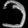
Digit: ၁